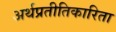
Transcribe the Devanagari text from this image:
अर्थप्रतीतिकारिता